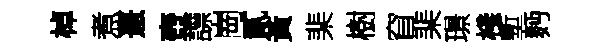
棹煮憙壺謤崗貳黃棐樹窅棐璟棧塹麪